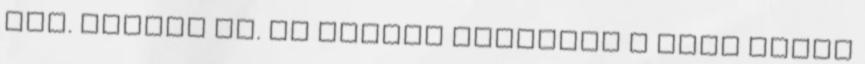
ÁLL. KIVÉVE ÉN. Ma délben megnyílt a parc fermé